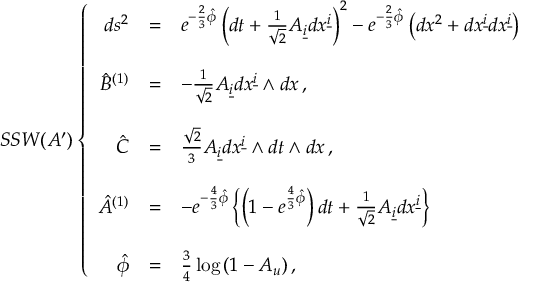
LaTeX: S S W ( A ^ { \prime } ) \left\{ \begin{array} { r c l } { { d s ^ { 2 } } } & { { = } } & { { e ^ { - \frac { 2 } { 3 } \hat { \phi } } \left( d t + { \textstyle \frac { 1 } { \sqrt { 2 } } } { \cal A } _ { \underline { { { i } } } } d x ^ { \underline { { { i } } } } \right) ^ { 2 } - e ^ { - \frac { 2 } { 3 } \hat { \phi } } \left( d x ^ { 2 } + d x ^ { \underline { { { i } } } } d x ^ { \underline { { { i } } } } \right) } } \\ { { } } & { { } } & { { } } \\ { { \hat { B } ^ { ( 1 ) } } } & { { = } } & { { - { \textstyle \frac { 1 } { \sqrt { 2 } } } { \cal A } _ { \underline { { { i } } } } d x ^ { \underline { { { i } } } } \wedge d x \, , } } \\ { { } } & { { } } & { { } } \\ { { \hat { C } } } & { { = } } & { { { \textstyle \frac { \sqrt { 2 } } { 3 } } { \cal A } _ { \underline { { { i } } } } d x ^ { \underline { { { i } } } } \wedge d t \wedge d x \, , } } \\ { { } } & { { } } & { { } } \\ { { \hat { A } ^ { ( 1 ) } } } & { { = } } & { { - e ^ { - \frac { 4 } { 3 } \hat { \phi } } \left\{ \left( 1 - e ^ { \frac { 4 } { 3 } \hat { \phi } } \right) d t + { \textstyle \frac { 1 } { \sqrt { 2 } } { \cal A } _ { \underline { { { i } } } } d x ^ { \underline { { { i } } } } } \right\} } } \\ { { } } & { { } } & { { } } \\ { { \hat { \phi } } } & { { = } } & { { { \textstyle \frac { 3 } { 4 } } \log { ( 1 - { \cal A } _ { u } ) } \, , } } \end{array} \right.